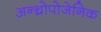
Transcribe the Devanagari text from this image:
अन्थ्रोपोजेनिक